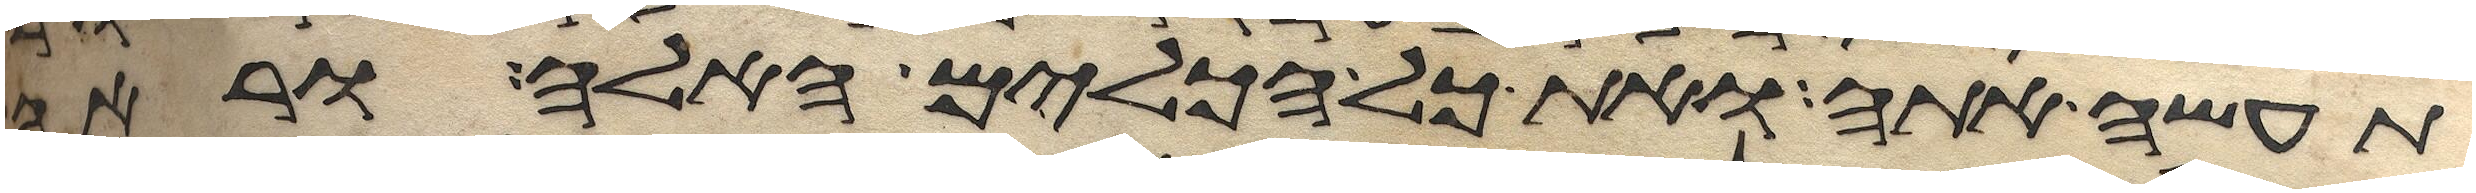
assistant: תעשה אתה ואת כל הכלים האלה וראה